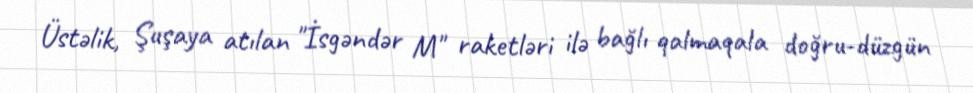
Üstəlik, Şuşaya atılan "İsgəndər M" raketləri ilə bağlı qalmaqala doğru-düzgün